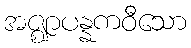
အဇ္ဈာပန္နကဝီသော